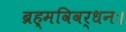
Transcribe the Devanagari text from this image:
ब्रह्मविवर्धनः।